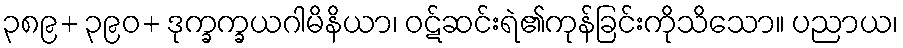
၃၈၉+ ၃၉၀+ ဒုက္ခက္ခယဂါမိနိယာ၊ ဝဋ်ဆင်းရဲ၏ကုန်ခြင်းကိုသိသော။ ပညာယ၊